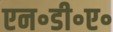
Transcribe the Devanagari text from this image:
एन॰डी॰ए॰